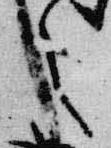
之